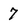
Character: 7